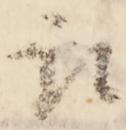
取